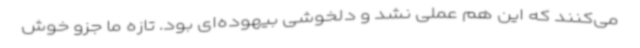
می‌کنند که این هم عملی نشد و دلخوشی بیهوده‌ای بود. تازه ما جزو خوش